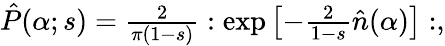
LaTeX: \begin{array}{r}{\hat{P}(\alpha;s)=\frac{2}{\pi(1-s)}:\exp\left[-\frac{2}{1-s}\hat{n}(\alpha)\right]:,}\end{array}